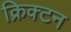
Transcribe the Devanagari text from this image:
क्रिक्टन